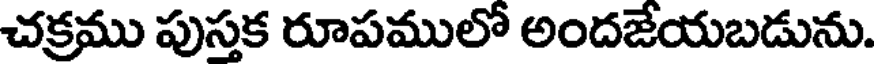
చక్రము పుస్తక రూపములో అందజేయబడును.